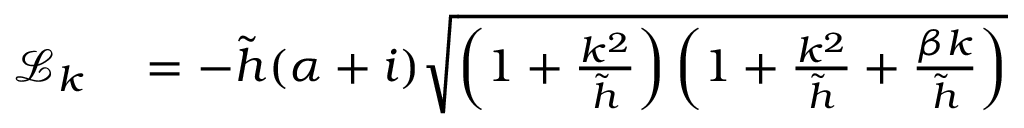
\begin{array} { r l } { \mathcal { L } _ { k } } & { { } = - \tilde { h } ( \alpha + i ) \sqrt { \left( 1 + \frac { k ^ { 2 } } { \tilde { h } } \right) \left( 1 + \frac { k ^ { 2 } } { \tilde { h } } + \frac { \beta k } { \tilde { h } } \right) } } \end{array}